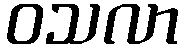
ဝသလာ